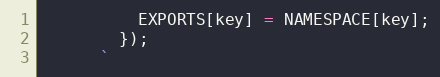
Language: JavaScript
          EXPORTS[key] = NAMESPACE[key];
        });
      `